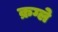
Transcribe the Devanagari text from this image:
क्रग्ले